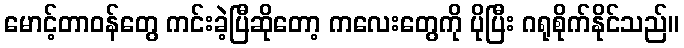
မောင့်တာဝန်တွေ ကင်းခဲ့ပြီဆိုတော့ ကလေးတွေကို ပိုပြီး ဂရုစိုက်နိုင်သည်။